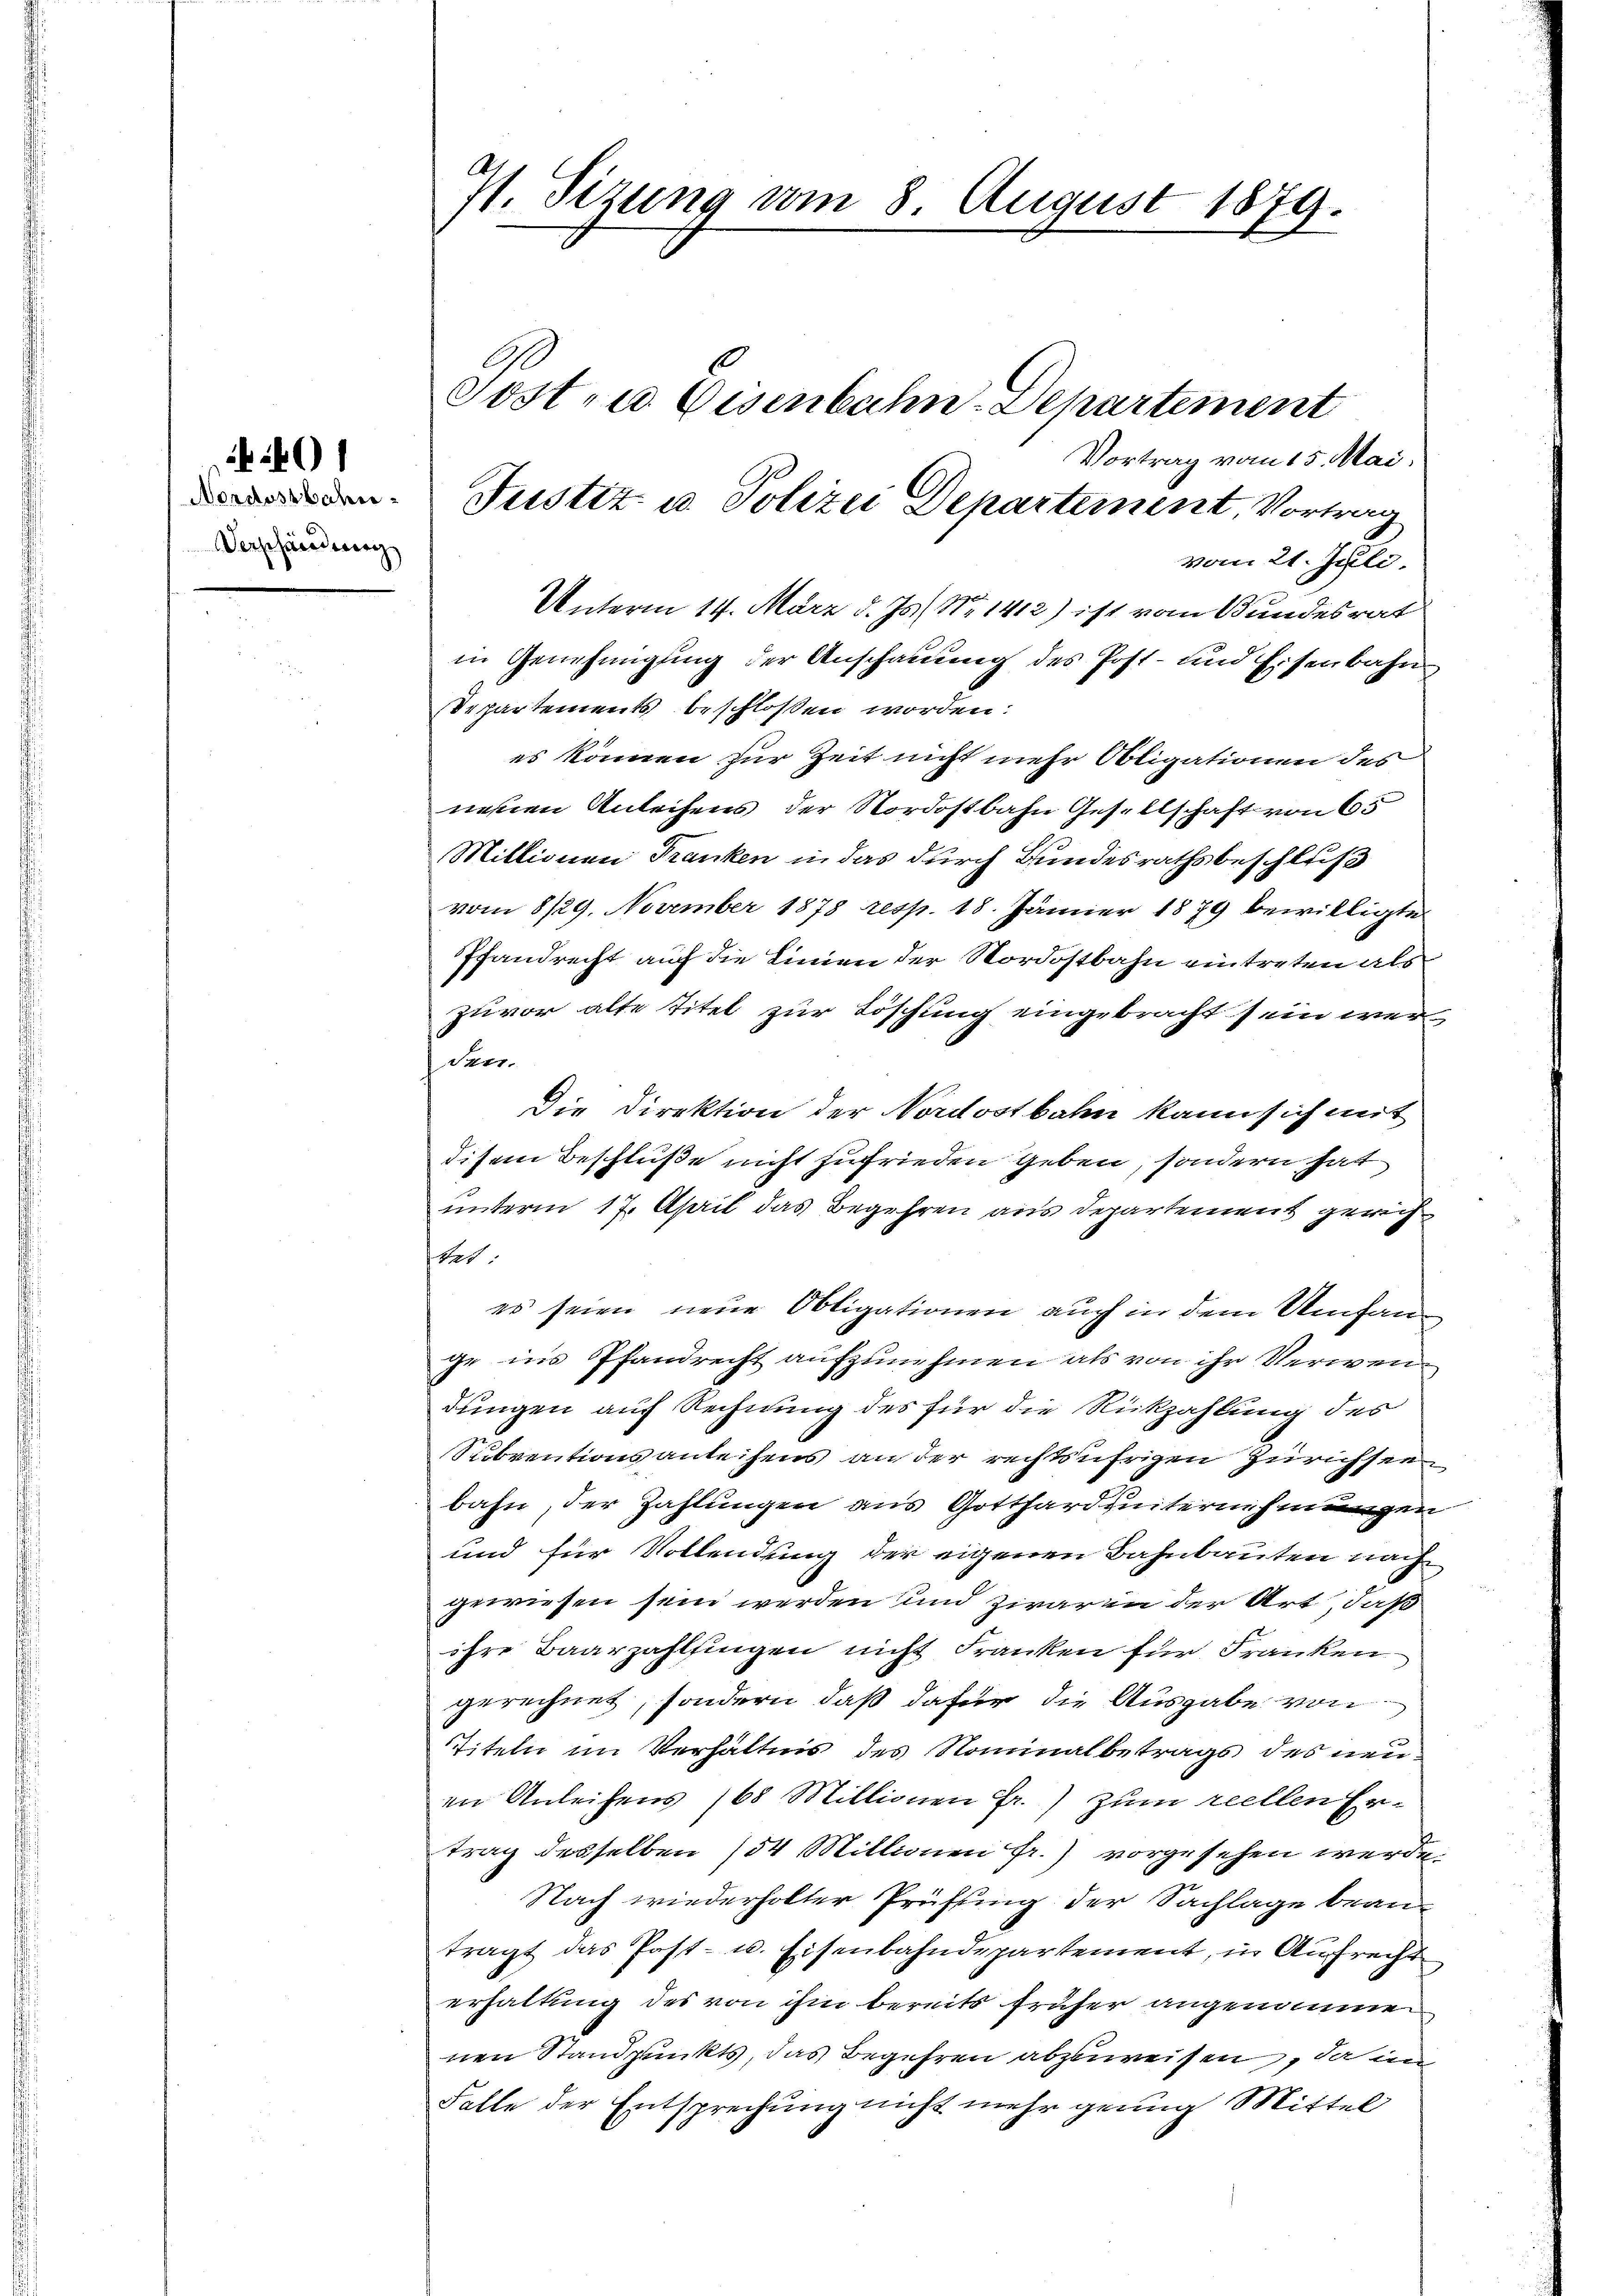
Nordostbahne
Verschändung

20

A
st. Sizung vom 8. August 1879.

Justiz- u. Polizei Departement, Vortrag

vom 21. Juli
Unterm 14. März d. Js. ( No 1412) ist vom Bundesrat
in Genehmigung der Anschauung des Post- und Eisenbahn
Departements beschlossen worden:
es können zur Zeit nicht mehr Obligationen des
neuen Anleihens der Nordostbahn Gesellschaft von 65
Millionen Franken in das durch Bundesrathsbeschluß
vom 8/29. November 1878 resp. 18. Jänner 1879 bewilligte
Pfandrecht auf die Linien der Nordostbahn eintreten als
zuvor alte Titel zur Löschung eingebracht sein wer¬
Prer.
Die Direktion der Nordostbahn kann sich mit
disem Beschluße nicht zufrieden Geben, sondern hat
unterm 17. April das Begehren aus Departement gerich¬
Rat.
er seien neue Obligationen auch in dem Umfan
ge ins Pfandrecht aufzunehmen als von ihr Verwendungen auf Rechnung des für die Rückzahlung des
Subventionsanleihens ander rechtsufrigen Zürichste
bahn, der Zahlungen aus Gotthard unternehmungen
und für Vollendung der eigenen Bahnbauten nach
gewiesen sein werden und zwar in der Art, daß
ihre Baarzahlfingen nicht Franken für Franken
gerechnet, sondern, daß dafür die Ausgabe von
Titeln im Verhältnis des Nominalbetrags des neuin Anleihens (68 Millionen Fr.) zum reellen Ertrag desselben (54 Millionen fr.) vorgesehen werde.
Nach wiederholter Prüfung der Sachlage beanträgt das Post- u. Eisenbahndepartement, in Aufrecht
erhaltung des von ihm bereits früher angenommen
nen Standpunkts, das Begehren abzuweisen, da in
Falle der Entsprechung nicht mehr genug Mittel

Sost- u. Eisenbahn-Departement

Vortrag vom 15. Mai.